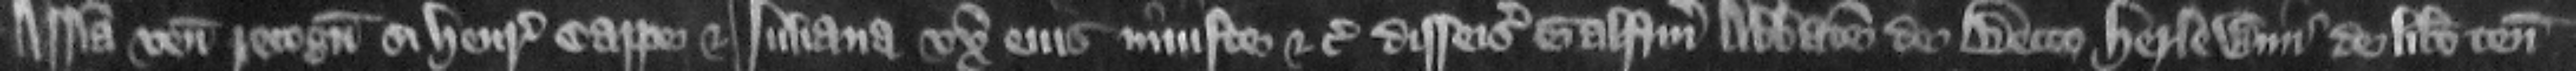
Assisa venit recognitura si Henricus Cappe et luliana vxor eius iniuste etc. disseisiuerunt Galfridum abbatem de Becco Herlewini de libero tenemento